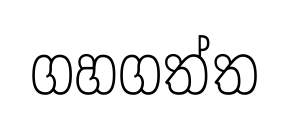
ගහගත්ත